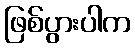
ဖြစ်ပွားပါက